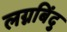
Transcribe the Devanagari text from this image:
लग्नबिंदु